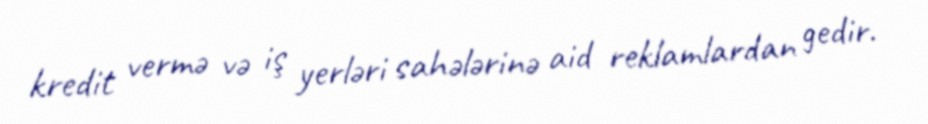
kredit vermə və iş yerləri sahələrinə aid reklamlardan gedir.